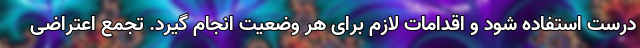
درست استفاده شود و اقدامات لازم برای هر وضعیت انجام گیرد. تجمع اعتراضی